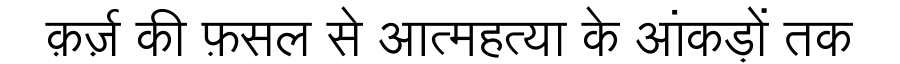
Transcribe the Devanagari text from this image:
क़र्ज़ की फ़सल से आत्महत्या के आंकड़ों तक